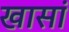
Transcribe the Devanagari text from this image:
खासां